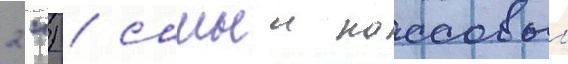
2") / самыи кассовыи